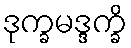
ဒုက္ခမဒ္ဒက္ခိ